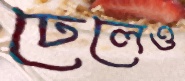
ঢেলেও